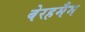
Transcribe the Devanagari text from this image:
बेरहमैम